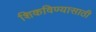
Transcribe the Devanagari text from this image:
शिकविण्‍यासाठी